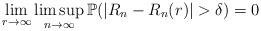
LaTeX: \begin{align*}\lim_{r \rightarrow \infty} \limsup_{n \rightarrow \infty} \mathbb{P}(|R_n-R_n(r)|>\delta)=0\end{align*}